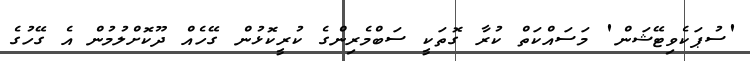
'ސުޕަކެވިޓޭޝަން' މަސައްކަތް ކުރާ ގޮތަކީ ސަބްމެރިންގެ ކުރީކޮޅުން ގޭހެއް ދޫކޮށްލުމުން އެ ގޭހުގެ